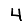
Digit: 4